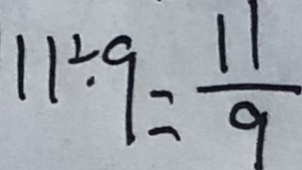
1 1 \div 9 = \frac { 1 1 } { 9 }